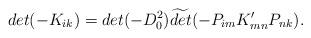
LaTeX: \begin{align*}det (-K_{ik}) = det (-D^2_0) \widetilde{det} (-P_{im} K'_{mn} P_{nk}).\end{align*}